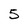
Character: 5